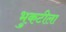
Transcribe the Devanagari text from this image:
भुकटीला